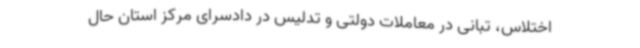
اختلاس، تبانی در معاملات دولتی و تدلیس در دادسرای مرکز استان حال